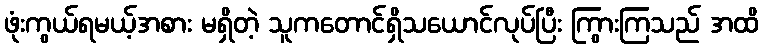
ဖုံးကွယ်ရမယ့်အစား မရှိတဲ့ သူကတောင်ရှိသယောင်လုပ်ပြီး ကြွားကြသည် အထိ